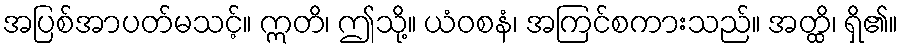
အပြစ်အာပတ်မသင့်။ ဣတိ၊ ဤသို့။ ယံဝစနံ၊ အကြင်စကားသည်။ အတ္ထိ၊ ရှိ၏။